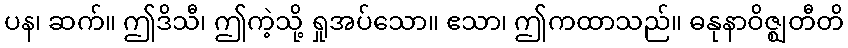
ပန၊ ဆက်။ ဤဒိသီ၊ ဤကဲ့သို့ ရှုအပ်သော။ ဧသာ၊ ဤကထာသည်။ ဓနုနာဝိဇ္ဈတီတိ